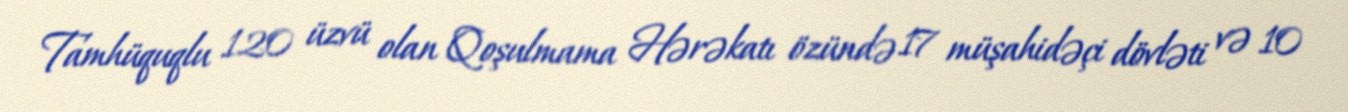
Tamhüquqlu 120 üzvü olan Qoşulmama Hərəkatı özündə 17 müşahidəçi dövləti və 10